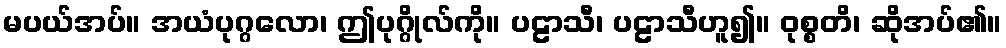
မပယ်အပ်။ အယံပုဂ္ဂလော၊ ဤပုဂ္ဂိုလ်ကို။ ပဠာသီ၊ ပဠာသီဟူ၍။ ဝုစ္စတိ၊ ဆိုအပ်၏။